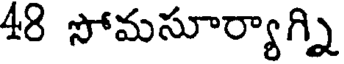
48 సోమసూర్యాగ్ని